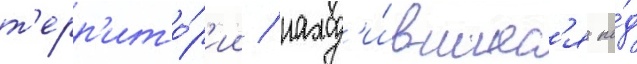
т'ерр'ито́р'ии / наход'и́вшиес'я по́д